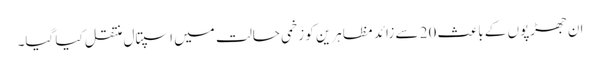
ان جھڑپوں کے باعث 20 سے زائد مظاہرین کو زخمی حالت میں اسپتال منتقل کیا گیا۔